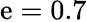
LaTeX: \mathrm{e}=0.7